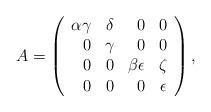
LaTeX: \begin{align*}\begin{array}{l}A= \left(\begin{array}{rrrr}\alpha \gamma & \delta & 0 &0 \\ 0 & \gamma & 0& 0 \\ 0& 0 &\beta \epsilon &\zeta\\ 0&0&0&\epsilon\end{array}\right),\end{array} \end{align*}